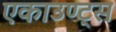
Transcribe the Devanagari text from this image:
एकाउण्ट्स